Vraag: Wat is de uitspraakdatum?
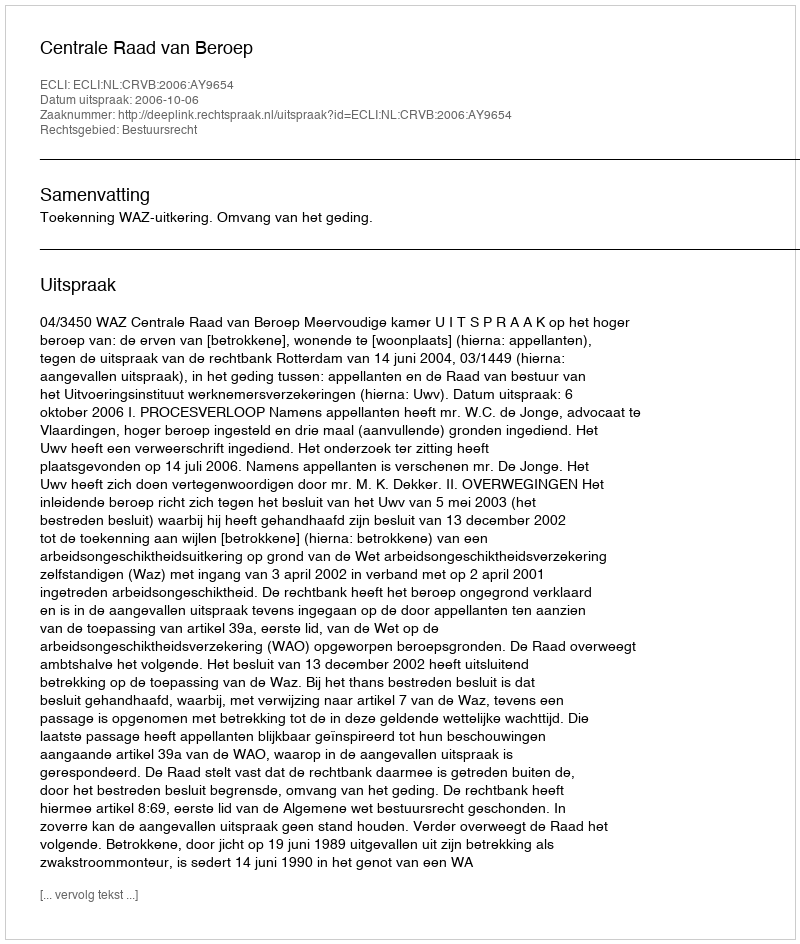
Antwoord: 2006-10-06